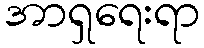
အာရှရေးရာ